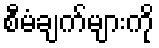
စီမံချက်များကို